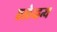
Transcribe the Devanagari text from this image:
एलेव्हन्थ